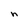
Character: n